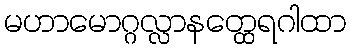
မဟာမောဂ္ဂလ္လာနတ္ထေရဂါထာ